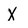
Character: X